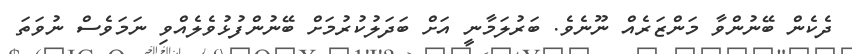
ދެކެން ބޭނުންވާ މަންޒަރެއް ނޫނެވެ. ބަރުލަމާނީ އަށް ބަދަލުކުރުމަށް ބޭނުންފުޅުވެލެއްވި ނަމަވެސް ނުވަތަ